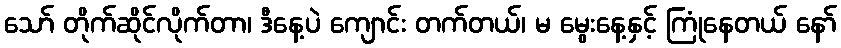
သော် တိုက်ဆိုင်လိုက်တာ၊ ဒီနေ့ပဲ ကျောင်း တက်တယ်၊ မ မွေးနေ့နှင့် ကြုံနေတယ် နော်